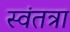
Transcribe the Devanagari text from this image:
स्वंतत्रा